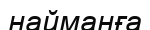
найманға